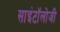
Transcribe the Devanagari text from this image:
साइंटॉलोजी